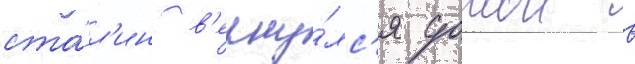
ста́л'ин в'ерну́лс'я домои в